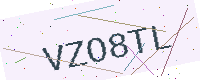
Text: VZO8TL